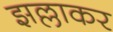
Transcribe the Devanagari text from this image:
झल्लाकर